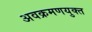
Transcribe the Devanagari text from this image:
अवक्रमणयुक्त